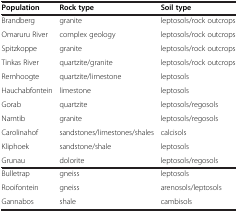
| Population | Rock type | Soil type |
 | --- | --- | --- |
 | Brandberg | granite | leptosols/rock outcrops |
 | Omaruru River | complex geology | leptosols/rock outcrops |
 | Spitzkoppe | granite | leptosols/rock outcrops |
 | Tinkas River | quartzite/granite | leptosols/rock outcrops |
 | Remhoogte | quartzite/limestone | leptosols |
 | Hauchabfontein | limestone | leptosols |
 | Gorab | quartzite | leptosols/regosols |
 | Namtib | granite | leptosols/regosols |
 | Carolinahof | sandstones/limestones/shales | calcisols |
 | Kliphoek | sandstone/shale | leptosols |
 | Grunau | dolorite | leptosols/regosols |
 | Bulletrap | gneiss | leptosols |
 | Rooifontein | gneiss | arenosols/leptosols |
 | Gannabos | shale | cambisols |